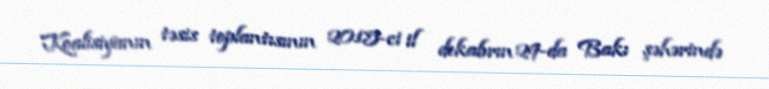
Koalisiyanın təsis toplantısının 2015-ci il dekabrın 29-da Bakı şəhərində